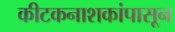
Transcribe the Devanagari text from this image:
कीटकनाशकांपासून